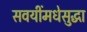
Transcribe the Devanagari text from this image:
सवयींमधेसुद्धा